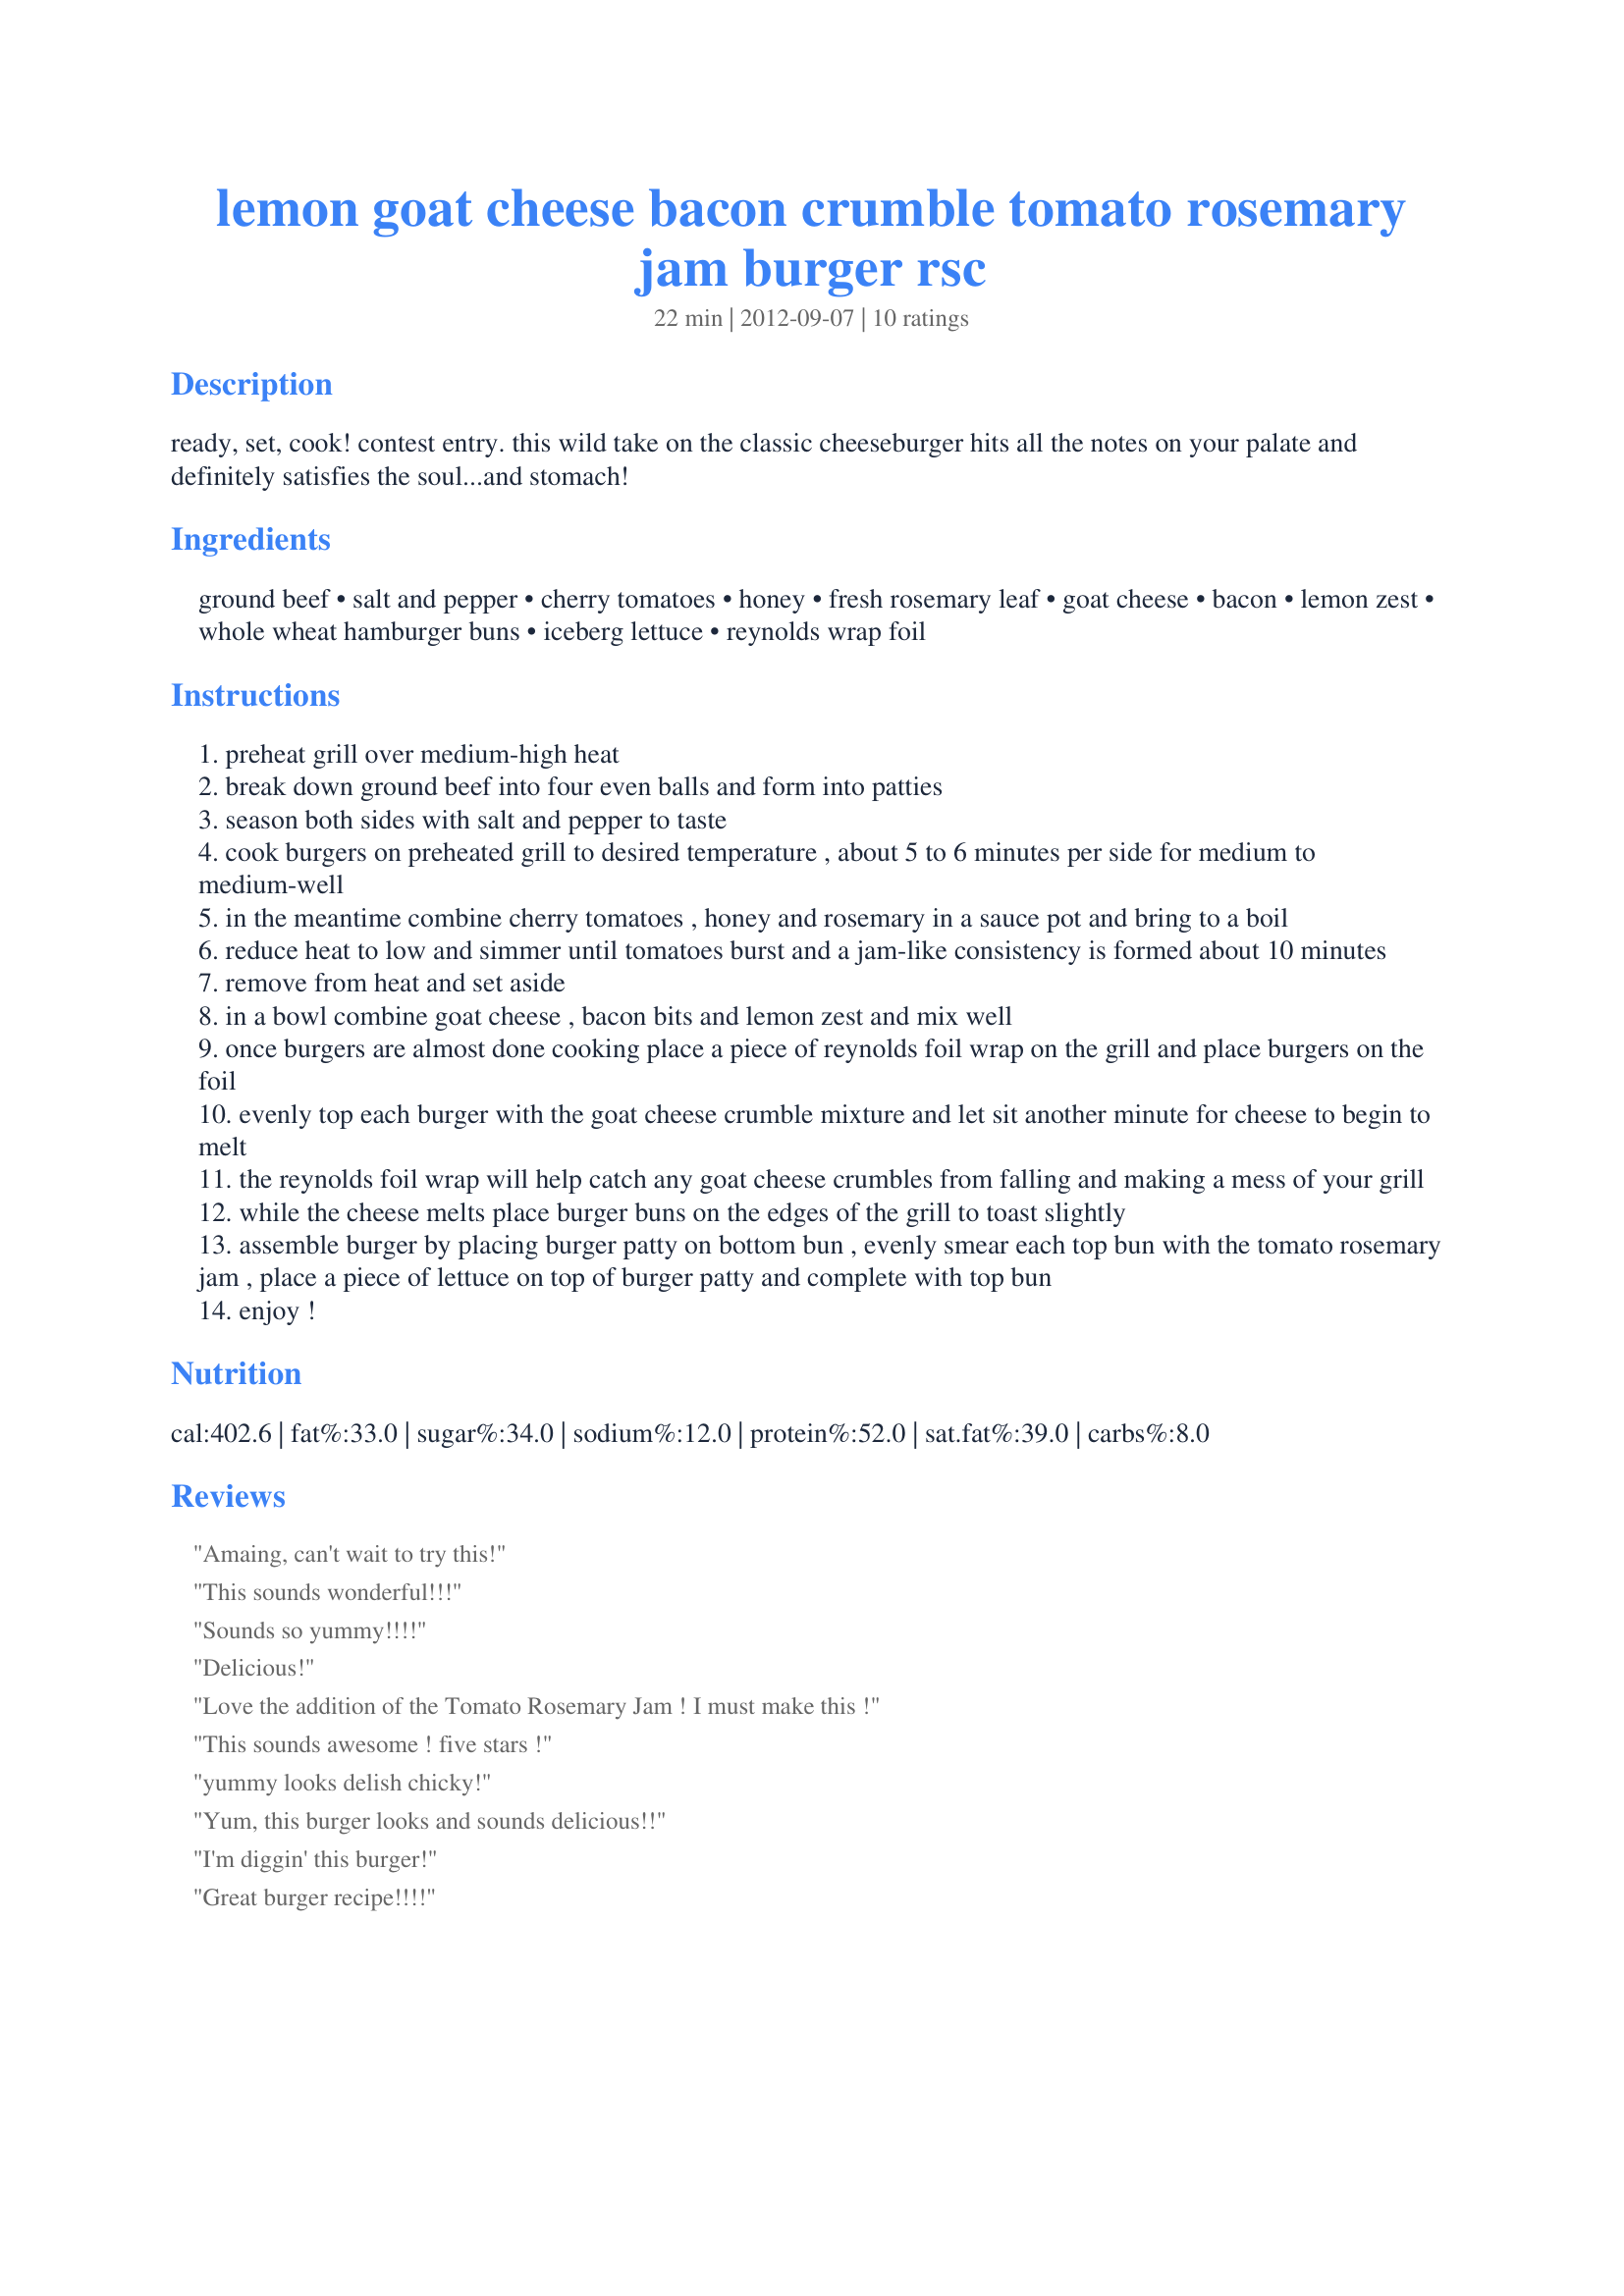
lemon goat cheese bacon crumble tomato rosemary jam burger rsc
Preparation time: 22 minutes

ready, set, cook! contest entry. this wild take on the classic cheeseburger hits all the notes on your palate and definitely satisfies the soul...and stomach!

Ingredients:
ground beef, salt and pepper, cherry tomatoes, honey, fresh rosemary leaf, goat cheese, bacon, lemon zest, whole wheat hamburger buns, iceberg lettuce, reynolds wrap foil

Steps:
preheat grill over medium-high heat
break down ground beef into four even balls and form into patties
season both sides with salt and pepper to taste
cook burgers on preheated grill to desired temperature , about 5 to 6 minutes per side for medium to medium-well
in the meantime combine cherry tomatoes , honey and rosemary in a sauce pot and bring to a boil
reduce heat to low and simmer until tomatoes burst and a jam-like consistency is formed about 10 minutes
remove from heat and set aside
in a bowl combine goat cheese , bacon bits and lemon zest and mix well
once burgers are almost done cooking place a piece of reynolds foil wrap on the grill and place burgers on the foil
evenly top each burger with the goat cheese crumble mixture and let sit another minute for cheese to begin to melt
the reynolds foil wrap will help catch any goat cheese crumbles from falling and making a mess of your grill
while the cheese melts place burger buns on the edges of the grill to toast slightly
assemble burger by placing burger patty on bottom bun , evenly smear each top bun with the tomato rosemary jam , place a piece of lettuce on top of burger patty and complete with top bun
enjoy !

Reviews:
Amaing, can't wait to try this!
This sounds wonderful!!!
Sounds so yummy!!!!
Delicious!
Love the addition of the Tomato Rosemary Jam ! I must make this !
This sounds awesome ! five stars !
yummy looks delish chicky!
Yum, this burger looks and sounds delicious!!
I'm diggin' this burger!
Great burger recipe!!!!
